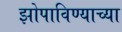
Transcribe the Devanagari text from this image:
झोपाविण्याच्या